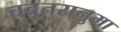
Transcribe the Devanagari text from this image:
चबूतरानुमा